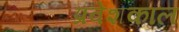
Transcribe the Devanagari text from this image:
प्रवेशकाल